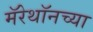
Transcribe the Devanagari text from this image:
मॅरेथॉनच्या